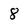
Character: 8